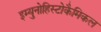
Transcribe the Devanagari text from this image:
इम्युनोहिस्टोकैमिकल